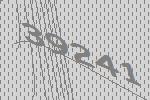
39241